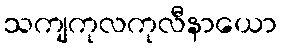
သကျကုလကုလီနာယော